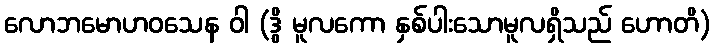
လောဘမောဟဝသေန ဝါ (ဒွိ မူလကော နှစ်ပါးသောမူလရှိသည် ဟောတိ)